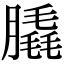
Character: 膬